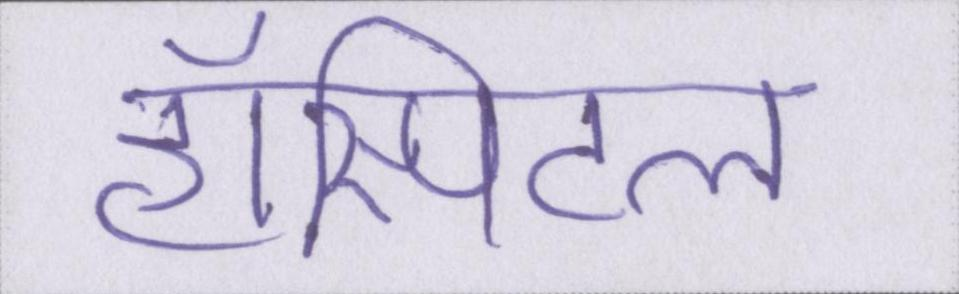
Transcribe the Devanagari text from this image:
हॉस्पिटल